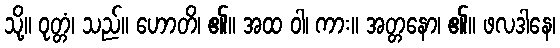
သို့။ ဝုတ္တံ၊ သည်။ ဟောတိ၊ ၏။ အထ ဝါ၊ ကား။ အတ္တနော၊ ၏။ ဖလဒါနေ၊